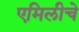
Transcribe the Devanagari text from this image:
एमिलीचे